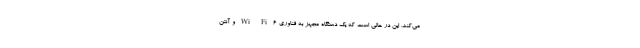
می‌کند. این در حالی است که یک دستگاه مجهز به فناوری Wi-Fi 6 و آنتن